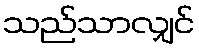
သည်သာလျှင်